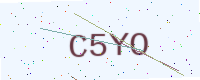
Text: C5YO